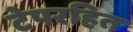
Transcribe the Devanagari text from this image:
टेपरहित